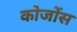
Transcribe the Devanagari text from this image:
कोजोंस